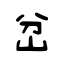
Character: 岔